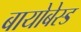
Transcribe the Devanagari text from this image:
बायोबेस्ड